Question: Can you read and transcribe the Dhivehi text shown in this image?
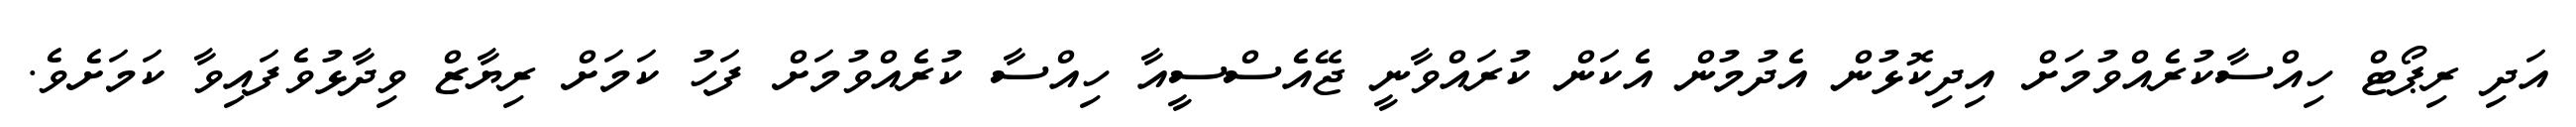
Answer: އަދި ރިޕޯޓް ހިއްސާކުރެއްވުމަށް އިދިކޮޅުން އެދުމުން އެކަން ކުރައްވާނީ ޖޭއެސްސީއާ ހިއްސާ ކުރެއްވުމަށް ފަހު ކަމަށް ރިޔާޒް ވިދާޅުވެފައިވާ ކަމަށެވެ.